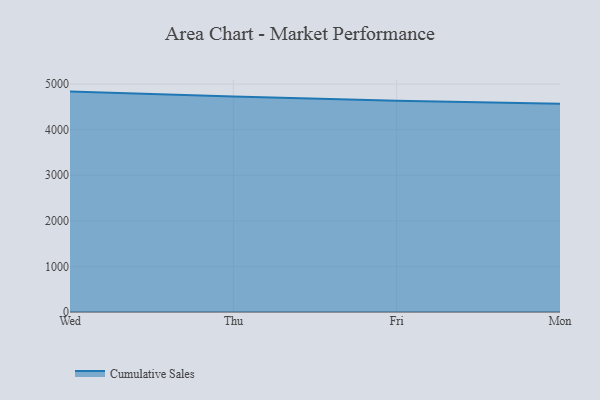
{"axis": {"x": "Day", "y": "Revenue (USD Million)"}, "legend": ["Cumulative Sales"], "data": [{"x": "Wed", "y": 4836.3, "type": "Cumulative Sales"}, {"x": "Thu", "y": 4726.5, "type": "Cumulative Sales"}, {"x": "Fri", "y": 4633.8, "type": "Cumulative Sales"}, {"x": "Mon", "y": 4569.2, "type": "Cumulative Sales"}]}